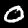
Label: 0